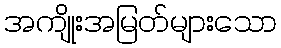
အကျိုးအမြတ်များသော